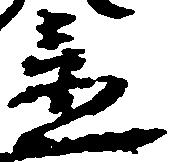
置